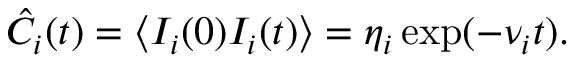
\hat { C } _ { i } ( t ) = \langle I _ { i } ( 0 ) I _ { i } ( t ) \rangle = \eta _ { i } \exp ( - \nu _ { i } t ) .